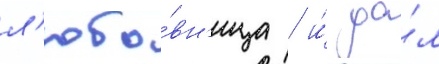
л'юбо́вн'ица / и́ да́л